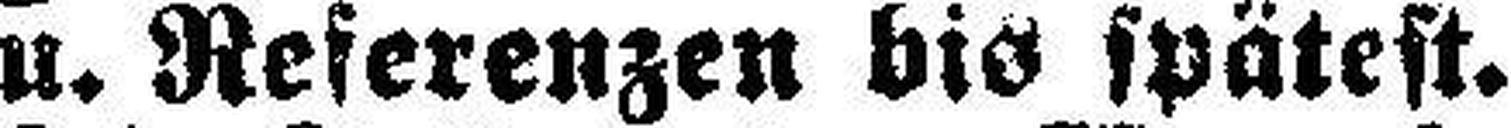
u. Referenzen bis spätest.